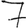
Digit: 7